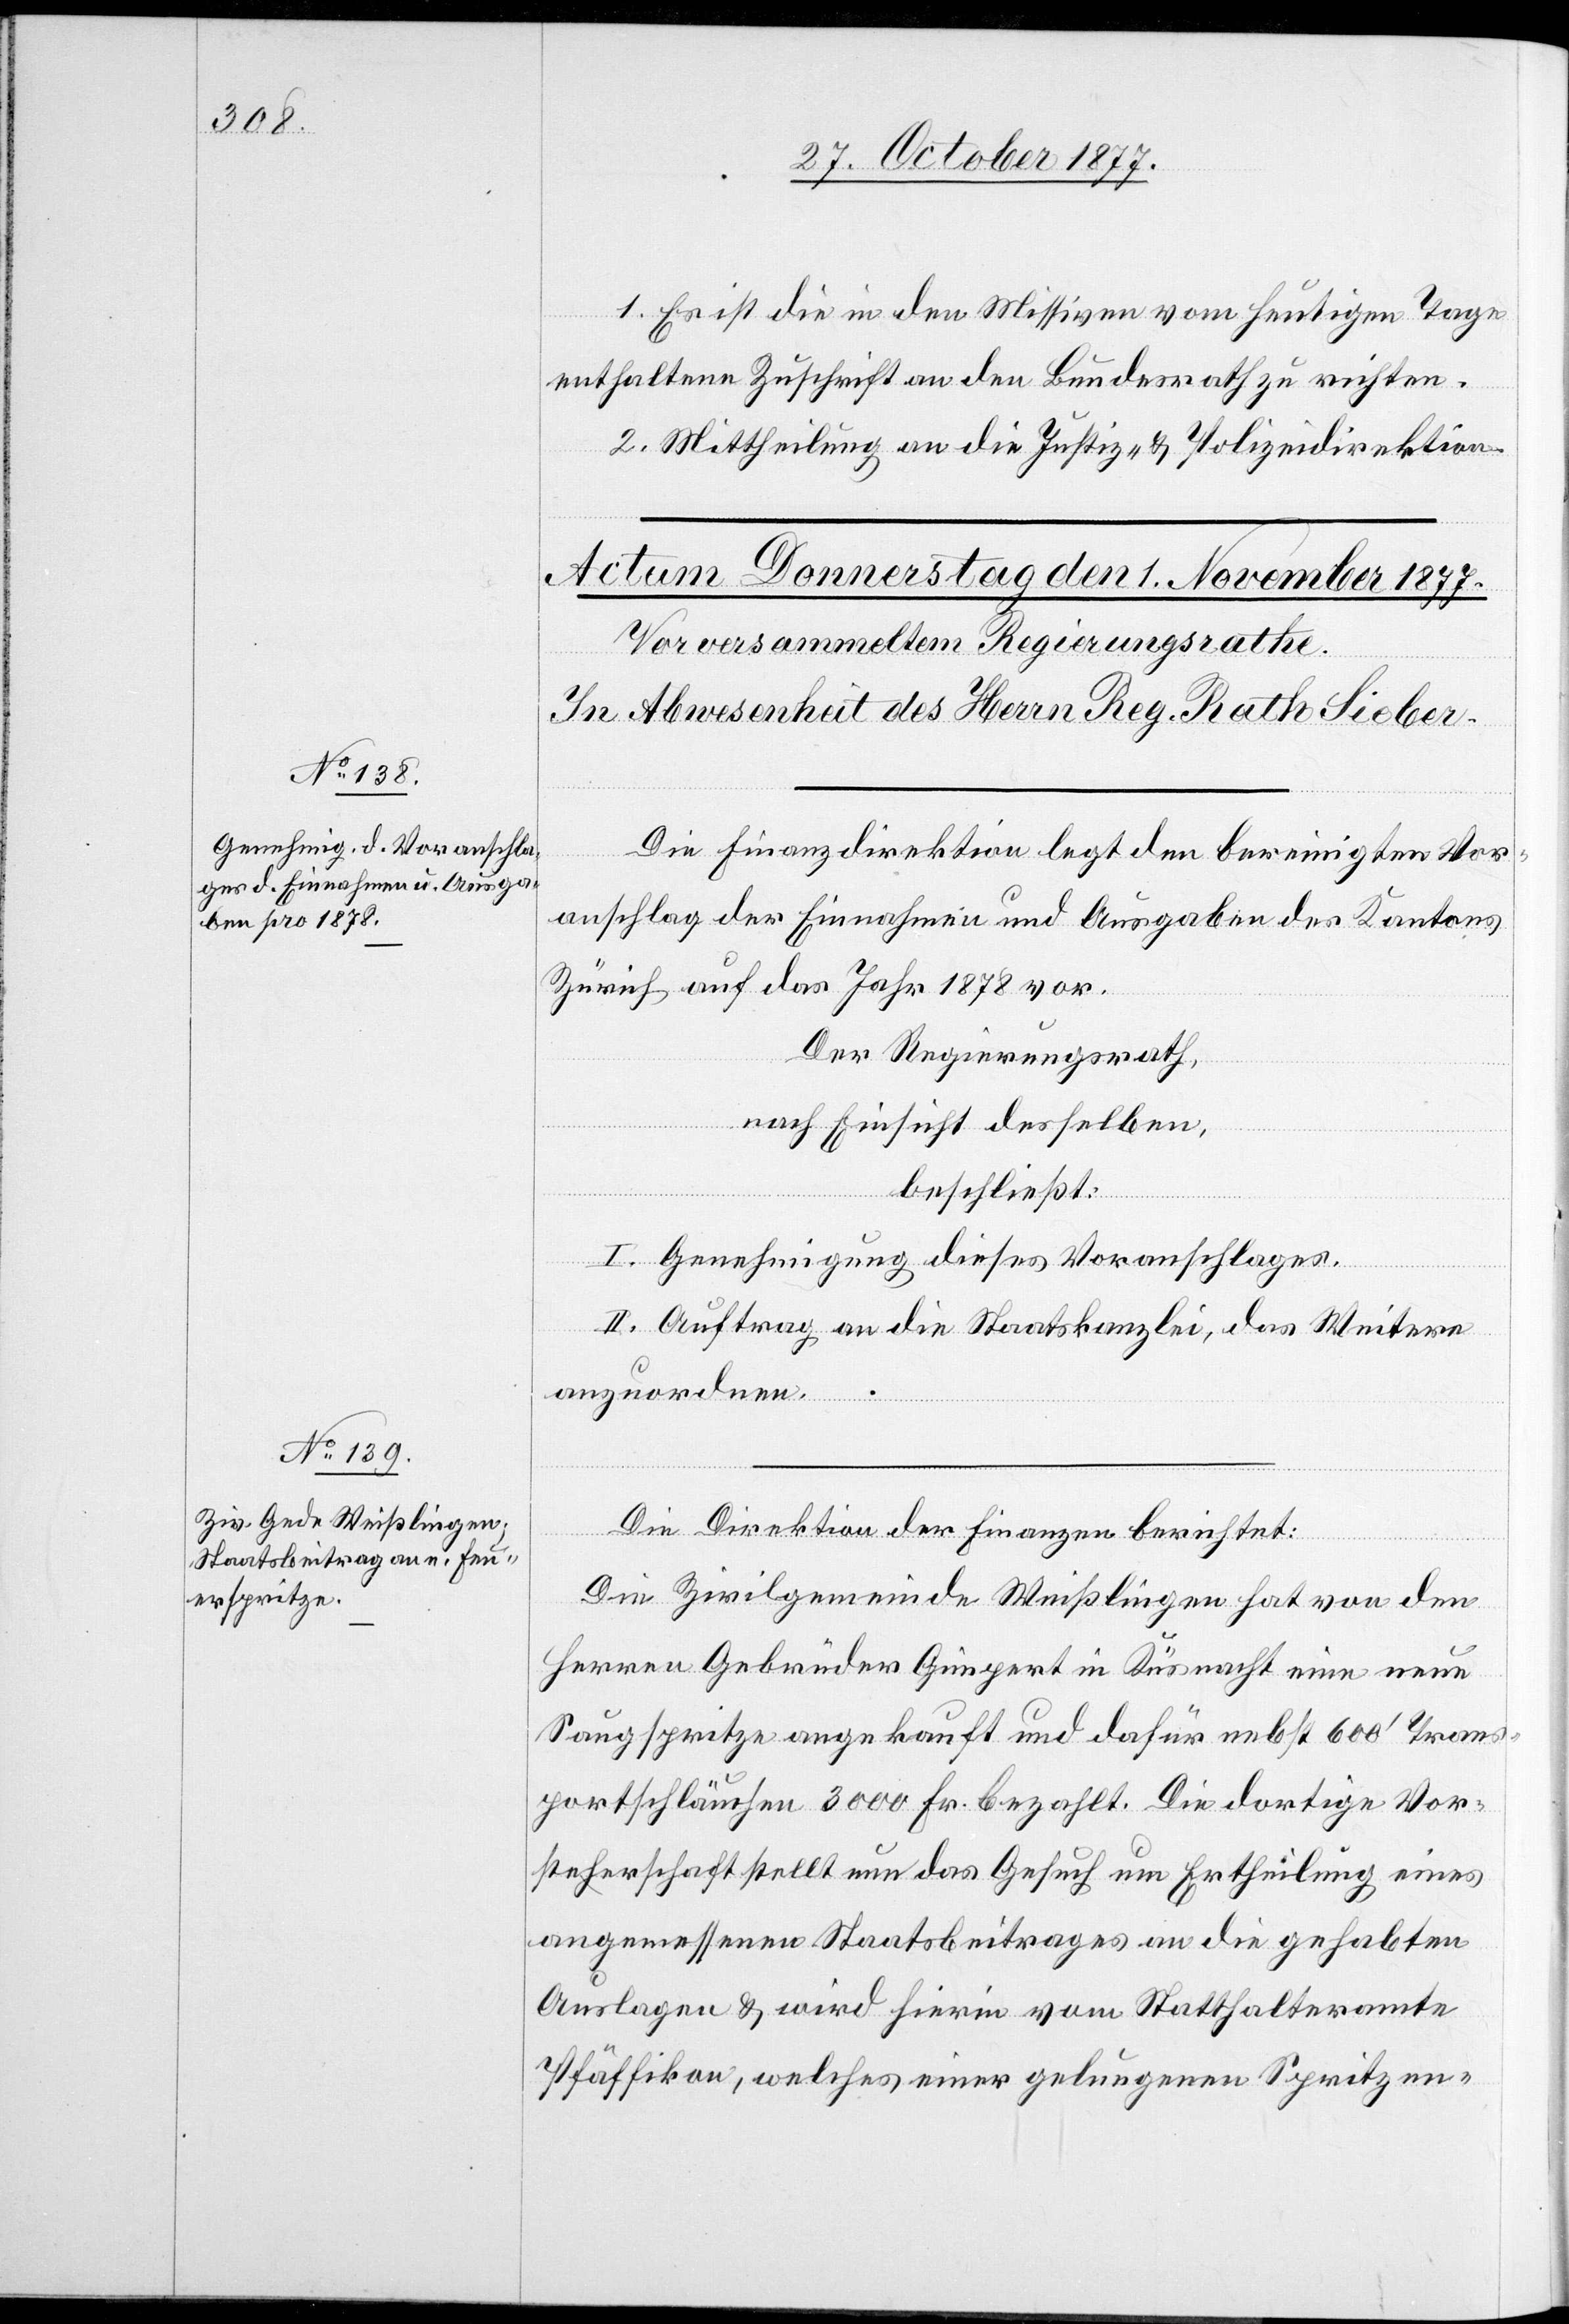
1. Es ist die in den Missiven vom heutigen Tage
enthaltene Zuschrift an den Bundesrath zu richten.
2. Mittheilung an die Justiz- & Polizeidirektion.
Die Finanzdirektion legt den bereinigten Vor¬
anschlag der Einnahmen und Ausgaben des Kantons
Zürich auf das Jahr 1878 vor.
Der Regierungsrath,
nach Einsicht desselben,
beschließt:
I. Genehmigung dieses Voranschlages.
II. Auftrag an die Staatskanzlei, das Weitere
anzuordnen.
Die Direktion der Finanzen berichtet:
Die Zivilgemeinde Weißlingen hat von den
Herren Gebrüder Gimpert in Küsnacht eine neue
Saugspritze angekauft und dafür nebst 600‘ Trans¬
portschläuchen 3000 Fr. bezahlt. Die dortige Vor¬
steherschaft stellt nun das Gesuch um Ertheilung eines
angemessenen Staatsbeitrages an die gehabten
Auslagen & wird hierin vom Statthalteramte
Pfäffikon, welches einer gelungenen Spritzen-